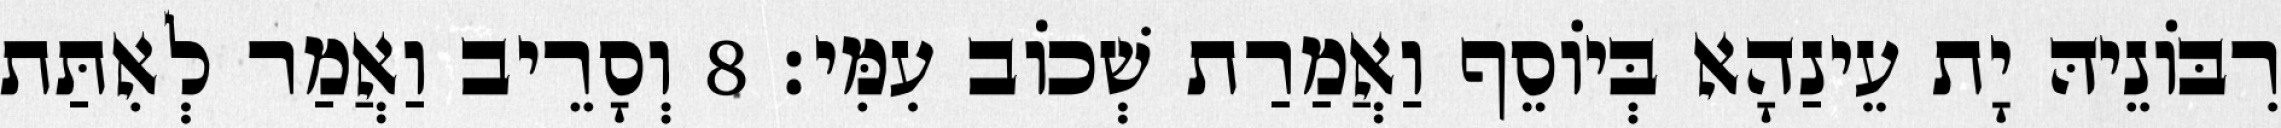
רִבּוֹנֵיהּ יָת עֵינַהָא בְּיוֹסֵף וַאֲמַרַת שְׁכוֹב עִמִּי׃ 8 וְסָרֵיב וַאֲמַר לְאִתַּת